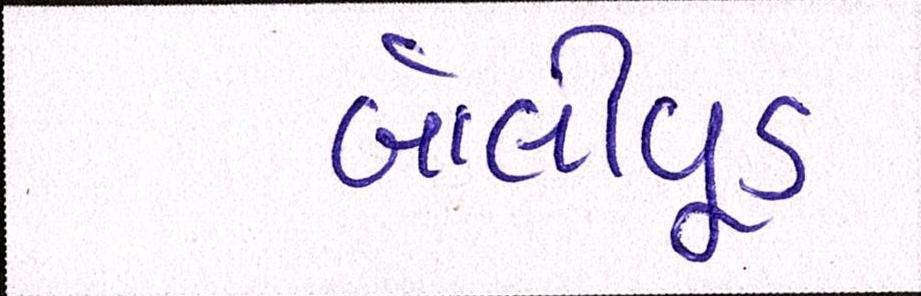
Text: બૉલીવૂડ